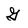
Character: G